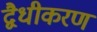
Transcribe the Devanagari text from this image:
द्वैधीकरण